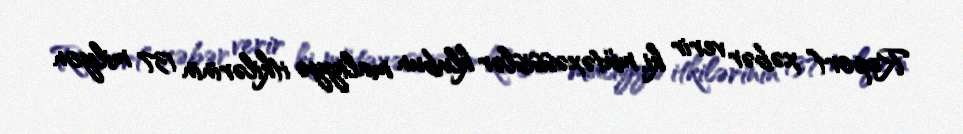
Report" xəbər verir ki, mütəxəssislər klubun maliyyə itkilərinin 137 milyon